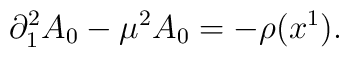
\partial_1^2 A_0 - \mu^2 A_0 = -\rho (x^1).